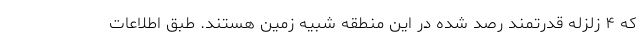
که ۴ زلزله قدرتمند رصد شده در این منطقه شبیه زمین هستند. طبق اطلاعات